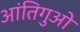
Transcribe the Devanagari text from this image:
आंतिगुओ